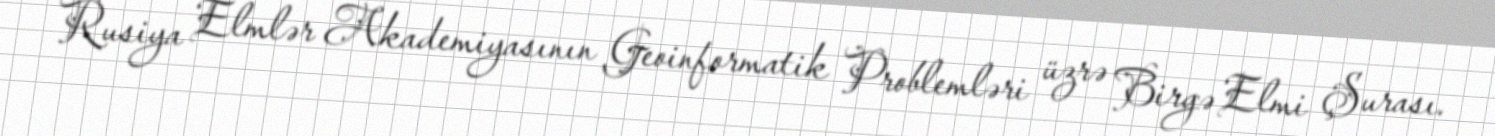
Rusiya Elmlər Akademiyasının Geoinformatik Problemləri üzrə Birgə Elmi Şurası.